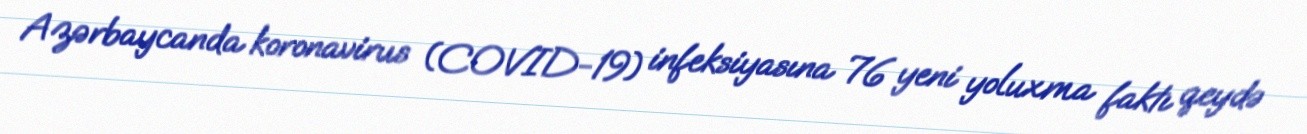
Azərbaycanda koronavirus (COVID-19) infeksiyasına 76 yeni yoluxma faktı qeydə